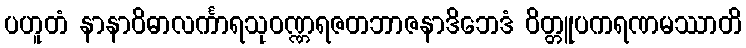
ပဟူတံ နာနာဝိဓာလင်္ကာရသုဝဏ္ဏရဇတဘာဇနာဒိဘေဒံ ဝိတ္တူပကရဏမဿာတိ